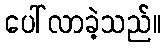
ပေါ်လာခဲ့သည်။